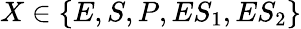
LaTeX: X\in\{ E,S,P,ES_{1},ES_{2}\}